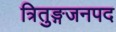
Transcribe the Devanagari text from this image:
त्रितुङ्गजनपद